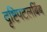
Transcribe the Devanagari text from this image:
दृष्टिपटलबिंब